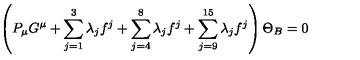
\left( P _ { \mu } G ^ { \mu } + \sum _ { j = 1 } ^ { 3 } \lambda _ { j } f ^ { j } + \sum _ { j = 4 } ^ { 8 } \lambda _ { j } f ^ { j } + \sum _ { j = 9 } ^ { 1 5 } \lambda _ { j } f ^ { j } \right) \Theta _ { B } = 0